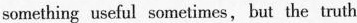
something useful sometimes, but the truth